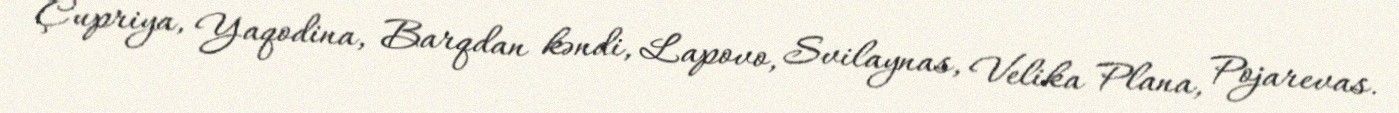
Çupriya, Yaqodina, Barqdan kəndi, Lapovo, Svilaynas, Velika Plana, Pojarevas.